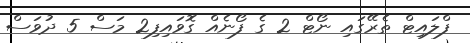
ފްލައިޓް ތެރޭގައި ނޯޓް 2 ގެ ފޯނެއް ގޮވައިފި2 މަސް 5 ދުވަސް